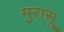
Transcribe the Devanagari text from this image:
मुरासू